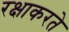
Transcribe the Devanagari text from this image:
रक्षाकरते